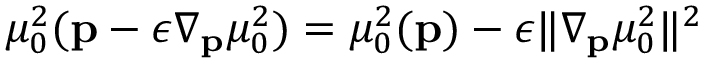
\mu _ { 0 } ^ { 2 } ( \mathbf { p } - \epsilon \nabla _ { \mathbf { p } } \mu _ { 0 } ^ { 2 } ) = \mu _ { 0 } ^ { 2 } ( \mathbf { p } ) - \epsilon \| \nabla _ { \mathbf { p } } \mu _ { 0 } ^ { 2 } \| ^ { 2 }